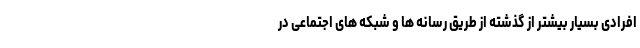
افرادی بسیار بیشتر از گذشته از طریق رسانه ها و شبکه های اجتماعی در